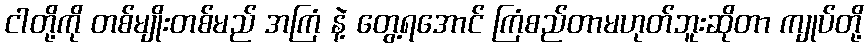
ငါတို့ကို တစ်မျိုးတစ်မည် အကြံ နဲ့ တွေ့ရအောင် ကြံစည်တာမဟုတ်ဘူးဆိုတာ ကျုပ်တို့